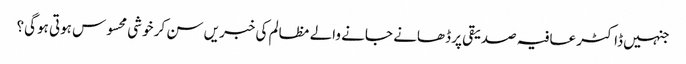
جنہیں ڈاکٹر عافیہ صدیقی پر ڈھانے جانے والے مظالم کی خبریں سن کر خوشی محسوس ہوتی ہوگی؟